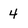
Character: 4